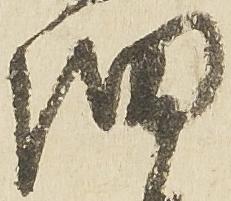
細